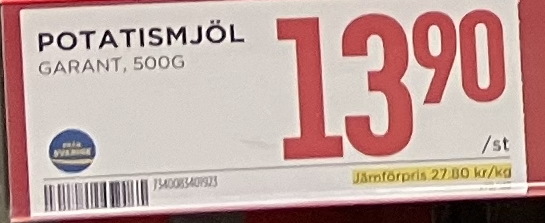
Vara: Potatismjöl
Genomsnittspris: 27.8 per kg